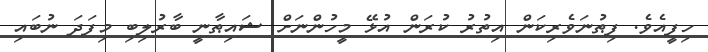
ހިފީއެވެ. ފިޠުނަވެރިކަން އިތުރު ކުރަން އުޅޭ މީހުންނަށް ޝައިޠާނީ ބާރުލިބި މިފަދަ ނުބައި